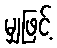
မျှဖြင့်